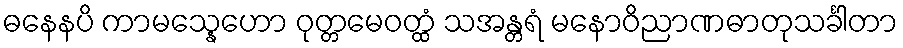
ဓနေနပိ ကာမသ္နေဟော ဝုတ္တမေဝတ္ထံ သအန္တရံ မနောဝိညာဏဓာတုသင်္ခါတာ